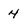
Character: 4